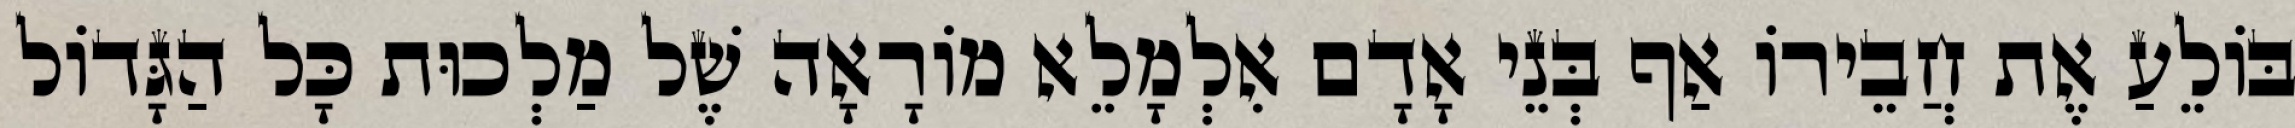
בּוֹלֵעַ אֶת חֲבֵירוֹ אַף בְּנֵי אָדָם אִלְמָלֵא מוֹרָאָה שֶׁל מַלְכוּת כָּל הַגָּדוֹל